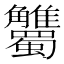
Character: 𧥘